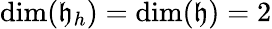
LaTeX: \dim(\mathfrak{h}_{h})=\dim(\mathfrak{h})=2